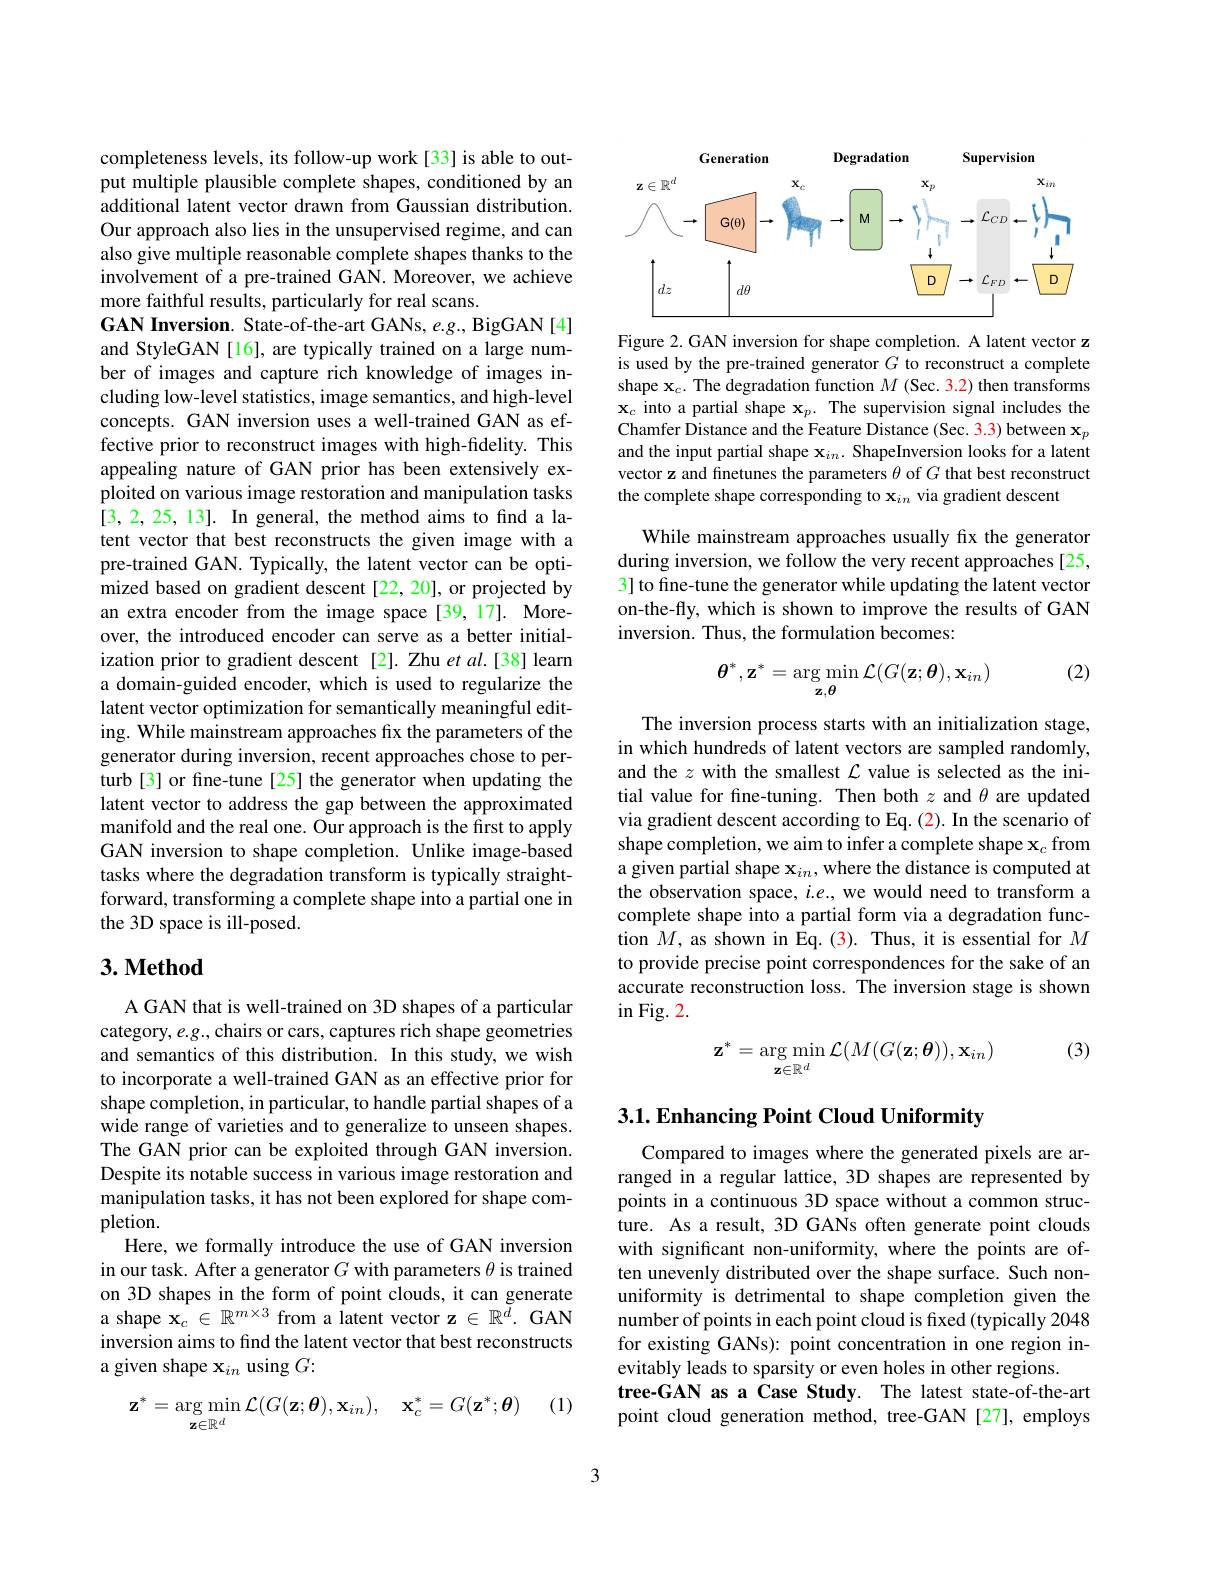
completeness levels, its follow-up work[33] is able to output multiple plausible complete shapes, conditioned by an additional latent vector drawn from Gaussian distribution. Our approach also lies in the unsupervised regime, and can also give multiple reasonable complete shapes thanks to the involvement of a pre-trained GAN. Moreover, we achieve more faithful results, particularly for real scans.
GAN Inversion. State-of-the-art GANs, e.g., BigGAN[4] and StyleGAN[16], are typically trained on a large number of images and capture rich knowledge of images including low-level statistics, image semantics, and high-level concepts. GAN inversion uses a well-trained GAN as effective prior to reconstruct images with high-fidelity. This appealing nature of GAN prior has been extensively exploited on various image restoration and manipulation tasks [3,2,25,13]. In general, the method aims to find a latent vector that best reconstructs the given image with a pre-trained GAN. Typically, the latent vector can be optimized based on gradient descent [22, 20], or projected by an extra encoder from the image space[39,17]. Moreover, the introduced encoder can serve as a better initialization prior to gradient descent [2]. Zhu et al.[38] learn a domain-guided encoder, which is used to regularize the latent vector optimization for semantically meaningful editing. While mainstream approaches fix the parameters of the generator during inversion, recent approaches chose to perturb[3] or fine-tune [25] the generator when updating the latent vector to address the gap between the approximated manifold and the real one. Our approach is the first to apply GAN inversion to shape completion. Unlike image-based tasks where the degradation transform is typically straightforward, transforming a complete shape into a partial one in the 3D space is ill-posed.

## $3. \textbf{Method}$

A GAN that is well-trained on 3D shapes of a particular category, e.g., chairs or cars, captures rich shape geometries and semantics of this distribution. In this study, we wish to incorporate a well-trained GAN as an effective prior for shape completion, in particular, to handle partial shapes of a wide range of varieties and to generalize to unseen shapes. The GAN prior can be exploited through GAN inversion. Despite its notable success in various image restoration and manipulation tasks, it has not been explored for shape completion.
Here, we formally introduce the use of GAN inversion in our task. After a generator $G$ with parameters $\theta$ is trained on 3D shapes in the form of point clouds, it can generate a shape $\mathbf{x}_c\in\mathbb{R}^{m\times3}$ from a latent vector z $\in\mathbb{R}^d.$ GAN inversion aims to find the latent vector that best reconstructs a given shape x$_in$ using $G:$

(1)
$$\mathbf{z}^{*}=\arg\min_{\mathbf{z}\in\mathbb{R}^{d}}\mathcal{L}(G(\mathbf{z};\boldsymbol{\theta}),\mathbf{x}_{in}),\quad\mathbf{x}_{c}^{*}=G(\mathbf{z}^{*};\boldsymbol{\theta})$$
<FigureHere>

Figure 2. GAN inversion for shape completion. A latent vector z is used by the pre-trained generator $G$ to reconstruct a complete shape $\mathbf{x}_c.$ The degradation function $M$ (Sec. 3.2) then transforms $\mathbf{x}_c$ into a partial shape $\mathbf{x}_p.$ The supervision signal includes the Chamfer Distance and the Feature Distance (Sec. 3.3) between $\mathbf{x}_p$ and the input partial shape $\mathbf{x}_{in}.$ ShapeInversion looks for a latent vector z and finetunes the parameters $\theta$ of $G$ that best reconstruct the complete shape corresponding to $\mathbf{x}_{in}$ via gradient descent

While mainstream approaches usually fix the generator during inversion, we follow the very recent approaches[25, 3] to fine-tune the generator while updating the latent vector on-the-fly, which is shown to improve the results of GAN inversion. Thus, the formulation becomes:

(2)
$$\boldsymbol{\theta}^*,\mathbf{z}^*=\underset{\mathbf{z},\boldsymbol{\theta}}{\arg\min}\mathcal{L}(G(\mathbf{z};\boldsymbol{\theta}),\mathbf{x}_{in})$$
The inversion process starts with an initialization stage, in which hundreds of latent vectors are sampled randomly, and the $z$ with the smallest $\mathcal{L}$ value is selected as the initial value for fine-tuning. Then both $z$ and $\theta$ are updated via gradient descent according to Eq. (2). In the scenario of shape completion, we aim to infer a complete shape $\mathbf{x}_c$ from a given partial shape $\mathbf{x}_{in}$,where the distance is computed at the observation space, $i.e.$, we would need to transform a complete shape into a partial form via a degradation function $M$, as shown in Eq.(3). Thus, it is essential for $M$ to provide precise point correspondences for the sake of an accurate reconstruction loss. The inversion stage is shown $\operatorname{in}$Fig. 2.

(3)
$$\mathbf{z}^{*}=\arg\min_{\mathbf{z}\in\mathbb{R}^{d}}\mathcal{L}(M(G(\mathbf{z};\boldsymbol{\theta})),\mathbf{x}_{in})$$
## 3.1. Enhancing Point Cloud Uniformity

Compared to images where the generated pixels are arranged in a regular lattice, 3D shapes are represented by points in a continuous 3D space without a common structure. As a result, 3D GANs often generate point clouds with significant non-uniformity, where the points are often unevenly distributed over the shape surface. Such nonuniformity is detrimental to shape completion given the number of points in each point cloud is fixed (typically 2048 for existing GANs): point concentration in one region inevitably leads to sparsity or even holes in other regions.
tree-GAN as a Case Study. The latest state-of-the-art point cloud generation method, tree-GAN[27], employs

3